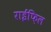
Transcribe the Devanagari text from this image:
राईफ़िल